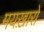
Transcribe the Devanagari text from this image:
मयख़ारों